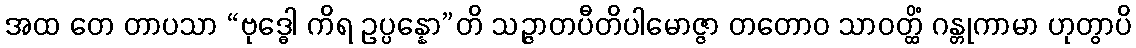
အထ တေ တာပသာ “ဗုဒ္ဓေါ ကိရ ဥပ္ပန္နော”တိ သဉ္ဇာတပီတိပါမောဇ္ဇာ တတောဝ သာဝတ္ထိံ ဂန္တုကာမာ ဟုတွာပိ